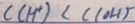
C ( H ^ { + } ) < C ( O H ) ^ { - }